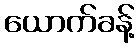
ယောက်ခန့်